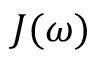
J ( \omega )